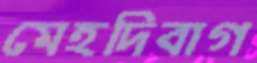
মেহদিবাগ